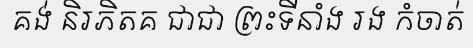
គង់ និរភិតគ ជាជា ព្រះទីនាំង រង កំចាត់